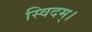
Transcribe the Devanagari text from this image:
स्विदम्।